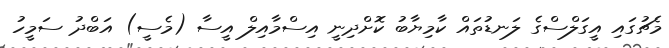
މެޗުގައި އީގަލްސްގެ ލަނޑުތައް ކާމިޔާބު ކޮށްދިނީ އިސްމާއިލް އީސާ (މެސީ) އަބްދު ސަމީހު